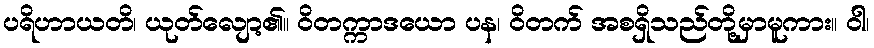
ပရိဟာယတိ၊ ယုတ်လျော့၏။ ဝိတက္ကာဒယော ပန၊ ဝိတက် အစရှိသည်တို့မှာမူကား။ ဝါ၊